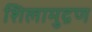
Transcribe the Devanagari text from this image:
शिलामुद्रण